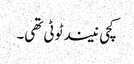
کچی نیند ٹوٹی تھی۔